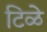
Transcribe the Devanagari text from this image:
टिळे